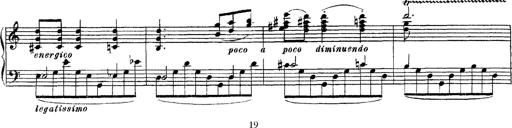
Title: Apparitions
Composer: Franz Liszt